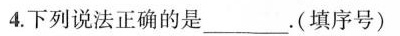
4.下列说法正确的是___。(填序号)